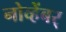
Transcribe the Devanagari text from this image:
नोव्हेंबर्